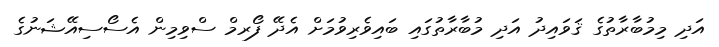
އަދި މިމުބާރާތުގެ ޤަވައިދު އަދި މުބާރާތުގައި ބައިވެރިވުމަށް އެދޭ ފޯރމް ސްވިމިން އެސޯސިއޭޝަނުގެ